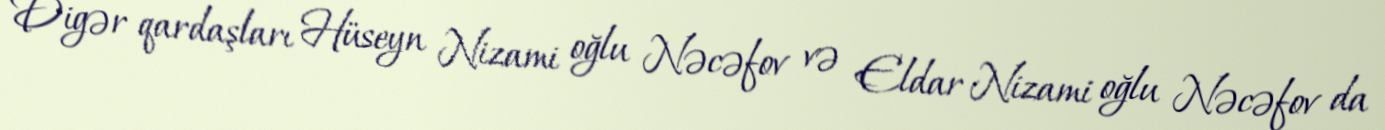
Digər qardaşları Hüseyn Nizami oğlu Nəcəfov və Eldar Nizami oğlu Nəcəfov da